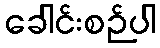
ခေါင်းစဉ်ပါ